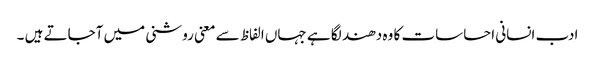
ادب انسانی احساسات کا وہ دھند لگا ہے جہاں الفاظ سے معنی روشنی میں آجاتے ہیں ۔